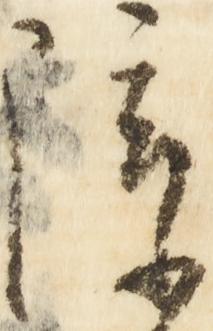
障